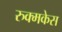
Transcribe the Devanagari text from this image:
रुक्मकेस